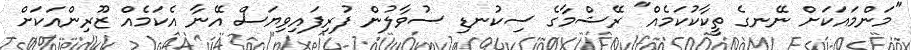
"މަންމައަކަށް ނޭނގެ ތީކާކުކަމެއް" ރޭޝްމާގެ ސިކުނޑި ސުވާލުން ފުރިފައިވިޔަސް އޭނާ އެކަމެއް ޒޫރިންއަކަށް